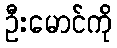
ဦးမောင်ကို